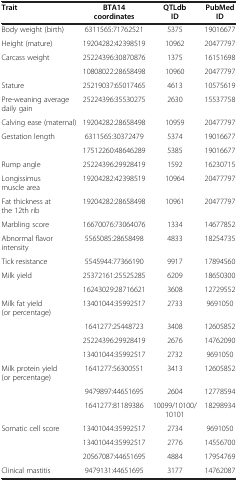
<table><thead><tr><td><b>Trait</b></td><td><b>BTA14 coordinates</b></td><td><b>QTLdb ID</b></td><td><b>PubMed ID</b></td></tr></thead><tbody><tr><td>Body weight (birth)</td><td>6311565:71762521</td><td>5375</td><td>19016677</td></tr><tr><td>Height (mature)</td><td>19204282:42398519</td><td>10962</td><td>20477797</td></tr><tr><td>Carcass weight</td><td>25224396:30870876</td><td>1375</td><td>16151698</td></tr><tr><td> </td><td>10808022:28658498</td><td>10960</td><td>20477797</td></tr><tr><td>Stature</td><td>25219037:65017465</td><td>4613</td><td>10575619</td></tr><tr><td>Pre-weaning average daily gain</td><td>25224396:35530275</td><td>2630</td><td>15537758</td></tr><tr><td>Calving ease (maternal)</td><td>19204282:28658498</td><td>10959</td><td>20477797</td></tr><tr><td>Gestation length</td><td>6311565:30372479</td><td>5374</td><td>19016677</td></tr><tr><td> </td><td>17512260:48646289</td><td>5385</td><td>19016677</td></tr><tr><td>Rump angle</td><td>25224396:29928419</td><td>1592</td><td>16230715</td></tr><tr><td>Longissimus muscle area</td><td>19204282:42398519</td><td>10964</td><td>20477797</td></tr><tr><td>Fat thickness at the 12th rib</td><td>19204282:28658498</td><td>10961</td><td>20477797</td></tr><tr><td>Marbling score</td><td>16670076:73064076</td><td>1334</td><td>14677852</td></tr><tr><td>Abnormal flavor intensity</td><td>5565085:28658498</td><td>4833</td><td>18254735</td></tr><tr><td>Tick resistance</td><td>5545944:77366190</td><td>9917</td><td>17894560</td></tr><tr><td>Milk yield</td><td>25372161:25525285</td><td>6209</td><td>18650300</td></tr><tr><td> </td><td>16243029:28716621</td><td>3608</td><td>12729552</td></tr><tr><td>Milk fat yield (or percentage)</td><td>13401044:35992517</td><td>2733</td><td>9691050</td></tr><tr><td> </td><td>1641277:25448723</td><td>3408</td><td>12605852</td></tr><tr><td> </td><td>25224396:29928419</td><td>2676</td><td>14762090</td></tr><tr><td> </td><td>13401044:35992517</td><td>2732</td><td>9691050</td></tr><tr><td>Milk protein yield (or percentage)</td><td>1641277:56300551</td><td>3413</td><td>12605852</td></tr><tr><td> </td><td>9479897:44651695</td><td>2604</td><td>12778594</td></tr><tr><td> </td><td>1641277:81189386</td><td>10099/10100/10101</td><td>18298934</td></tr><tr><td>Somatic cell score</td><td>13401044:35992517</td><td>2734</td><td>9691050</td></tr><tr><td> </td><td>13401044:35992517</td><td>2776</td><td>14556700</td></tr><tr><td> </td><td>20567087:44651695</td><td>4884</td><td>17954769</td></tr><tr><td>Clinical mastitis</td><td>9479131:44651695</td><td>3177</td><td>14762087</td></tr></tbody></table>